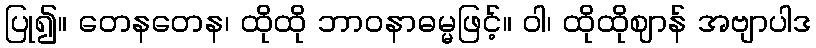
ပြု၍။ တေနတေန၊ ထိုထို ဘာဝနာဓမ္မဖြင့်။ ဝါ၊ ထိုထိုဈာန် အဗျာပါဒ